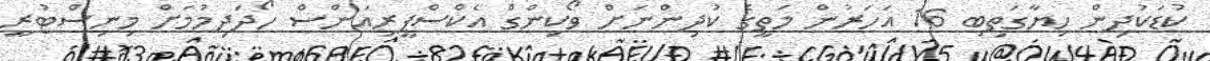
ކުޑަކުދިން ހިޔާގަތިބި 16 އަހަރުން މަތީގެ ކުދިންނަށް ވޯކިންގް އެކްސްޕީރިއަންސް ހޯދަދިމުމަށް މިނިސްޓުރީ